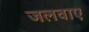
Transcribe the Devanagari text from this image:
जलवाए